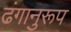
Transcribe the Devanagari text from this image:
ढंगानुरूप